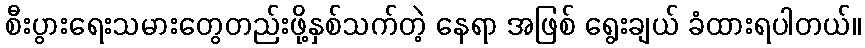
စီးပွားရေးသမားတွေတည်းဖို့နှစ်သက်တဲ့ နေရာ အဖြစ် ရွေးချယ် ခံထားရပါတယ်။